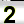
Digit: 2